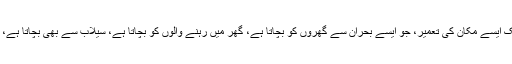
دو لوگوں نے بڑے دل سے اس میں کام کیا اور انہوں نے ایک ایسے مکان کی تعمیر، جو ایسے بحران سے گھروں کو بچاتا ہے، گھر میں رہنے والوں کو بچاتا ہے، سیلاب سے بھی بچاتا ہے، پانی سے پیدا ہونے والی بیماریوں سے بھی بچا جا سکتا ہے۔